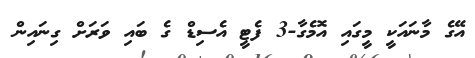
އޭގެ މާނައަކީ މީގައި އޮމެގާ-3 ފެޓީ އެސިޑް ގެ ބައި ވަރަށް ގިނައިން